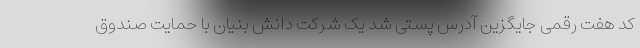
کد هفت رقمی جایگزین آدرس پستی شد یک شرکت دانش بنیان با حمایت صندوق